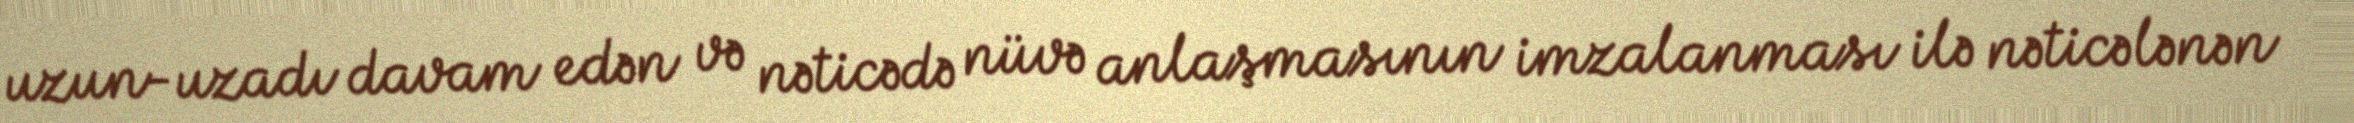
uzun-uzadı davam edən və nəticədə nüvə anlaşmasının imzalanması ilə nəticələnən